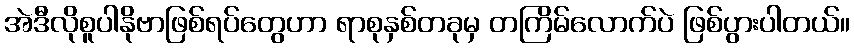
အဲဒီလိုစူပါနိုဗာဖြစ်ရပ်တွေဟာ ရာစုနှစ်တခုမှ တကြိမ်လောက်ပဲ ဖြစ်ပွားပါတယ်။